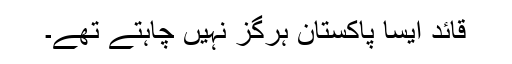
قائد ایسا پاکستان ہرگز نہیں چاہتے تھے۔